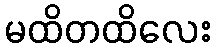
မထိတထိလေး